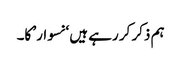
ہم ذکر کر رہے ہیں ‘نسوار’ کا۔